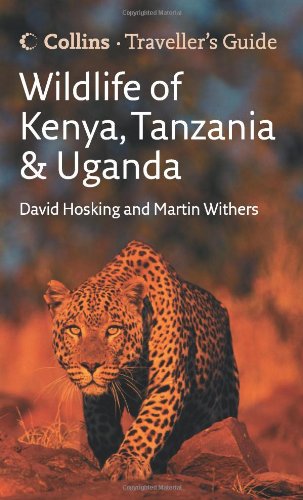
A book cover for Wildlife of Kenya, Tanzania and Uganda (Traveller's Guide); David Hosking; Travel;